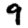
Digit: 9